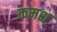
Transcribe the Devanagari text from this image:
कमश्